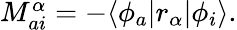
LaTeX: \begin{array}{r}{M_{ai}^{\alpha}=-\langle\phi_{a}|r_{\alpha}|\phi_{i}\rangle.}\end{array}